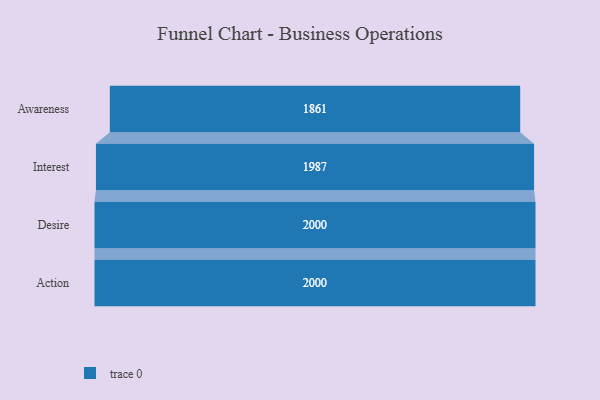
{"axis": {"x": "Stage", "y": "Value"}, "legend": [""], "data": [{"x": "Awareness", "y": 1861.0, "type": ""}, {"x": "Interest", "y": 1987.0, "type": ""}, {"x": "Desire", "y": 2000, "type": ""}, {"x": "Action", "y": 2000, "type": ""}]}